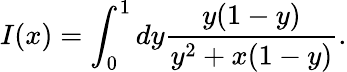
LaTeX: I(x)=\int_{0}^{1}dy{\frac{y(1-y)}{y^{2}+x(1-y)}}.